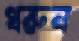
ধরুন